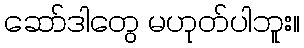
ဆော်ဒါတွေ မဟုတ်ပါဘူး။